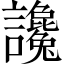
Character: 讒